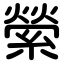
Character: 縈